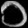
Digit: ၁